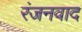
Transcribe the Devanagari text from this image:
रंजनवाद